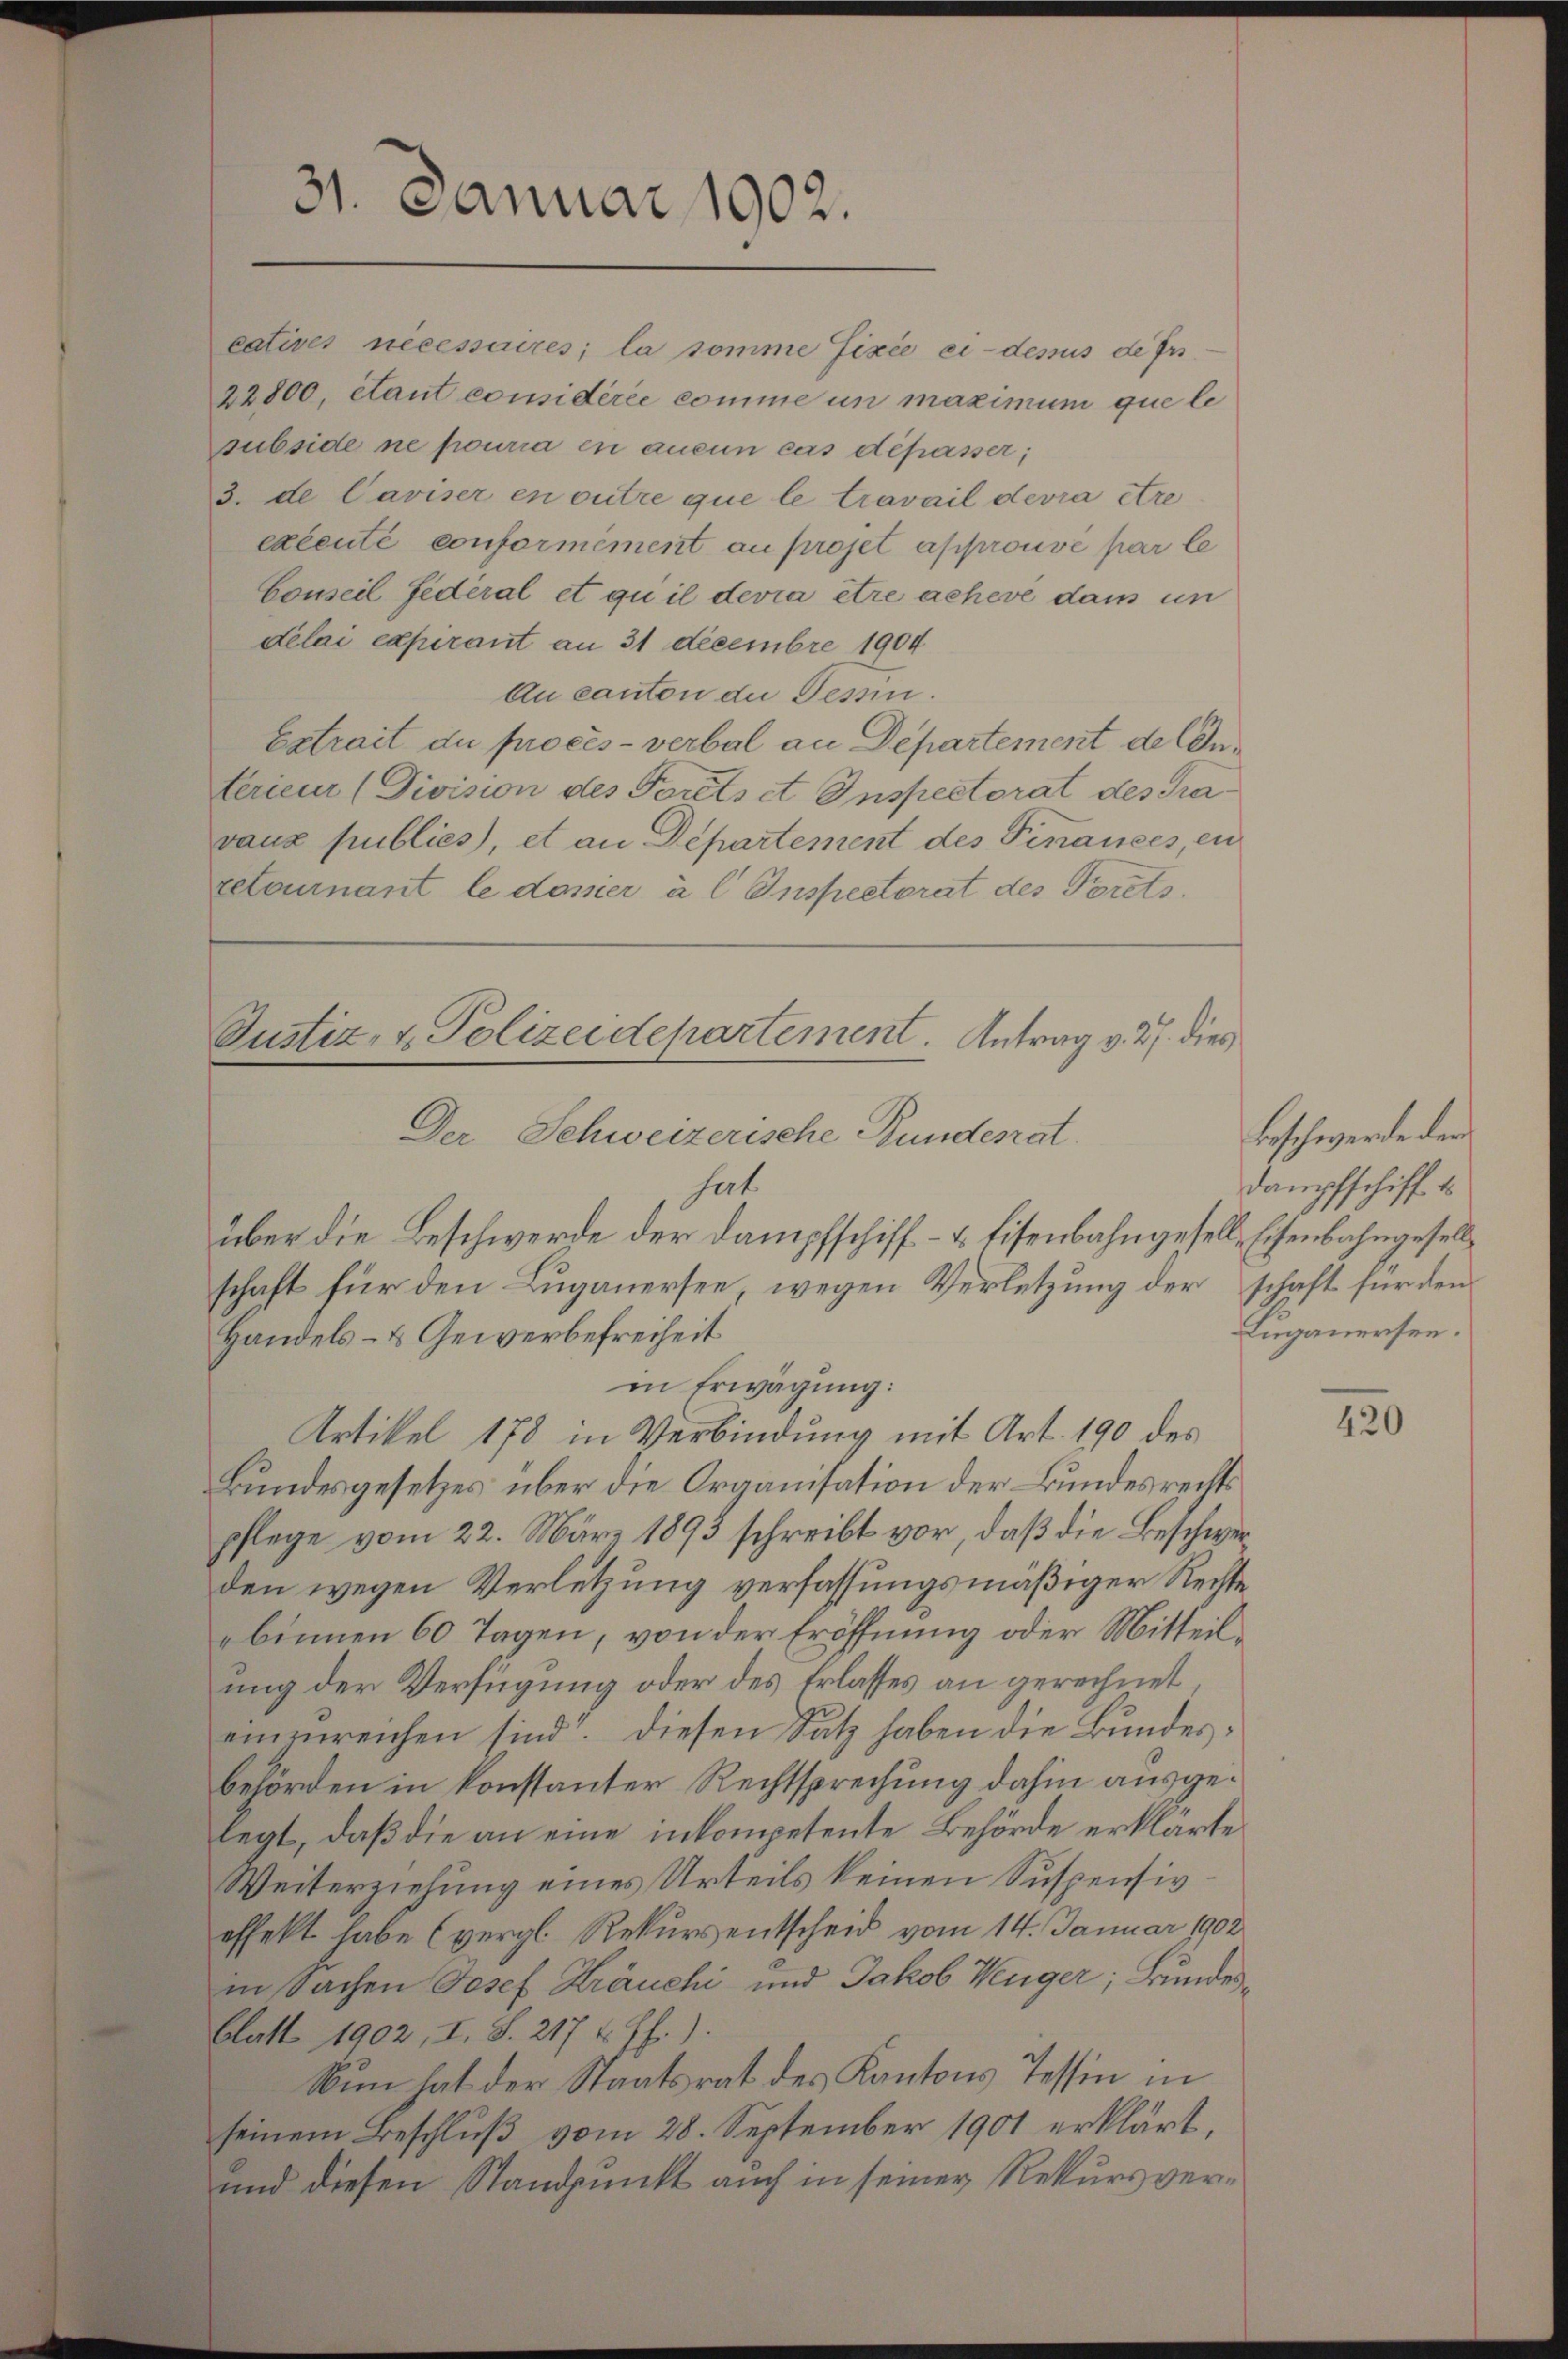
31. Januar 1902.

catives necessaires; la somme fixée ci-dessus ders
22800, étant comidérée comme in maximum que le
subside ne pourra en aucun cas dépasser;
3. de Caviser en outre que le travail devra être
exéenté conformément au projet approuvé par le
Conseil Federal et quil devra être achevé dans un
délai capirant an 31 decembre 1904
Au canton die Tessin.
Extrait du procès-verbal an Departement de lanterieur (Division des Forts et Inspectorat des Pravaux publics), et an Departement des Finances, en
retournant le danier à l Inspectorat des Torets.
Justiz, u. Polizeidepartement. Antrag v. 27. dies

Der Schweizerische Bundesrat
hat

über die Beschwerde der Dampfschiff- & Eisenbahngesell, Eisenbahngesellschaft für den Luganersee, wegen Verletzung der schaft für den
Handels- & Gewerbefreiheit
in Erwägung:
Artikel 178 in Verbindung mit Art. 190 des
Bundesgesetzes über die Organisation der Bundesrechts
pflege vom 22. März 1893 schreibt vor, daß die Beschwerden wegen Verletzung verfassungsmäßiger Rechte
binnen 60 Tagen, von der Eröffnung oder Mitteilung der Verfügung oder des Erlasses an gerechnet
einenreichen sind. Diesen Satz haben die Bundesbehörden in konstanter Rechtsprechung dahin ausgelegt, daß die an eine inkompetente Behörde erklärte
Weiterziehung eines Urteils keinen Suspensiv
offekt habe (vergl. Rekurs entscheid vom 14. Januar 1902
in Sachen Josef Kräuchi und Jakob Wenger; Bundesblatt 1902, I. S. 217 u. ff.).
Nun hat der Staatsrat des Kantons Tessin in
seinem Beschluß vom 28. September 1901 erklärt,
und diesen Standpunkt auch in seiner Rekursver¬

beschwerde der
Dampfschiff d
Luganersen.

420